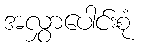
အလွှာပေါင်းစုံ